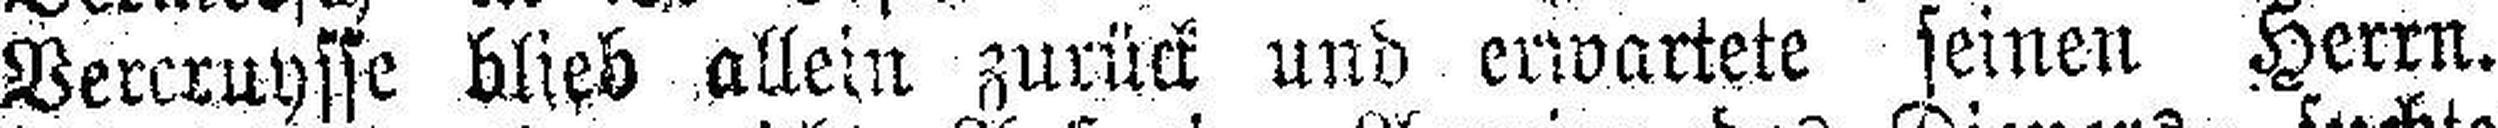
Vercruysse blieb allein zurück und erwartete seinen Herrn.